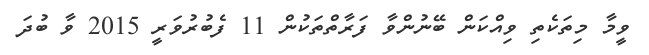
ވީމާ މިތަކެތި ވިއްކަން ބޭނުންވާ ފަރާތްތަކުން 11 ފެބުރުވަރީ 2015 ވާ ބުދަ